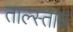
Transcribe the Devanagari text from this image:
ताल्स्ताय